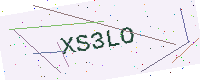
Text: XS3LO